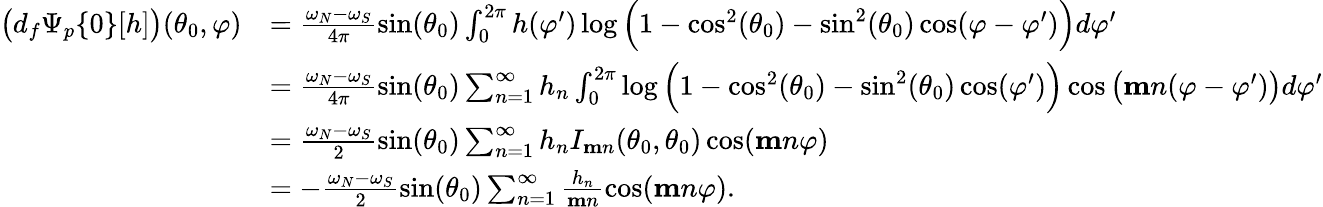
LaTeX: \begin{array}{rl}{\big(d_{f}\Psi_{p}\{ 0\} [h]\big)(\theta_{0},\varphi)}&{=\frac{\omega_{N}-\omega_{S}}{4\pi}\sin(\theta_{0})\int_{0}^{2\pi}h(\varphi^{\prime})\log\Big(1-\cos^{2}(\theta_{0})-\sin^{2}(\theta_{0})\cos(\varphi-\varphi^{\prime})\Big)d\varphi^{\prime}}\\ &{=\frac{\omega_{N}-\omega_{S}}{4\pi}\sin(\theta_{0})\sum_{n=1}^{\infty}h_{n}\int_{0}^{2\pi}\log\Big(1-\cos^{2}(\theta_{0})-\sin^{2}(\theta_{0})\cos(\varphi^{\prime})\Big)\cos\big(\mathbf{m}n(\varphi-\varphi^{\prime})\big)d\varphi^{\prime}}\\ &{=\frac{\omega_{N}-\omega_{S}}{2}\sin(\theta_{0})\sum_{n=1}^{\infty}h_{n}I_{\mathbf{m}n}(\theta_{0},\theta_{0})\cos(\mathbf{m}n\varphi)}\\ &{=-\frac{\omega_{N}-\omega_{S}}{2}\sin(\theta_{0})\sum_{n=1}^{\infty}\frac{h_{n}}{\mathbf{m}n}\cos(\mathbf{m}n\varphi).}\end{array}